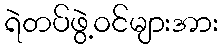
ရဲတပ်ဖွဲ့ဝင်များအား